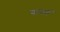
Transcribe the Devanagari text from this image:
चावतं